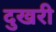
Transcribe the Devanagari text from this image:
दुखरी